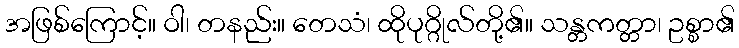
အဖြစ်ကြောင့်။ ဝါ၊ တနည်း။ တေသံ၊ ထိုပုဂ္ဂိုလ်တို့၏။ သန္တကတ္တာ၊ ဥစ္စာ၏